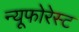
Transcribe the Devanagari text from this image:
न्यूफोरेस्ट